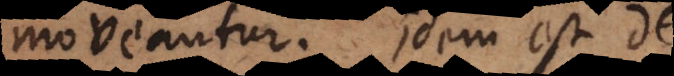
moveantur. Idem est de